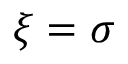
\xi = \sigma